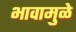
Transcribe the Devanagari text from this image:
भावामुळे